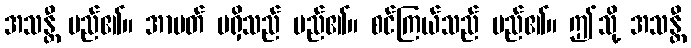
အသန္တီ မည်၏။ အာပတ် မရှိသည် မည်၏။ စင်ကြယ်သည် မည်၏။ ဤသို့ အသန္တီ